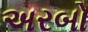
અરબો